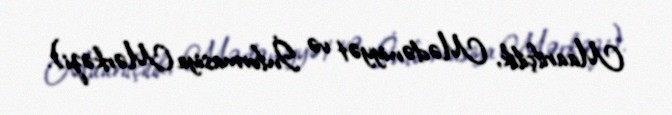
Maarifçilik, Mədəniyyət və İnformasiya Mərkəzi).